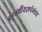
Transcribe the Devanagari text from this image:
बहुवर्षीयसर्पगंधा